Civil Veterinary Department ledger series I-VI
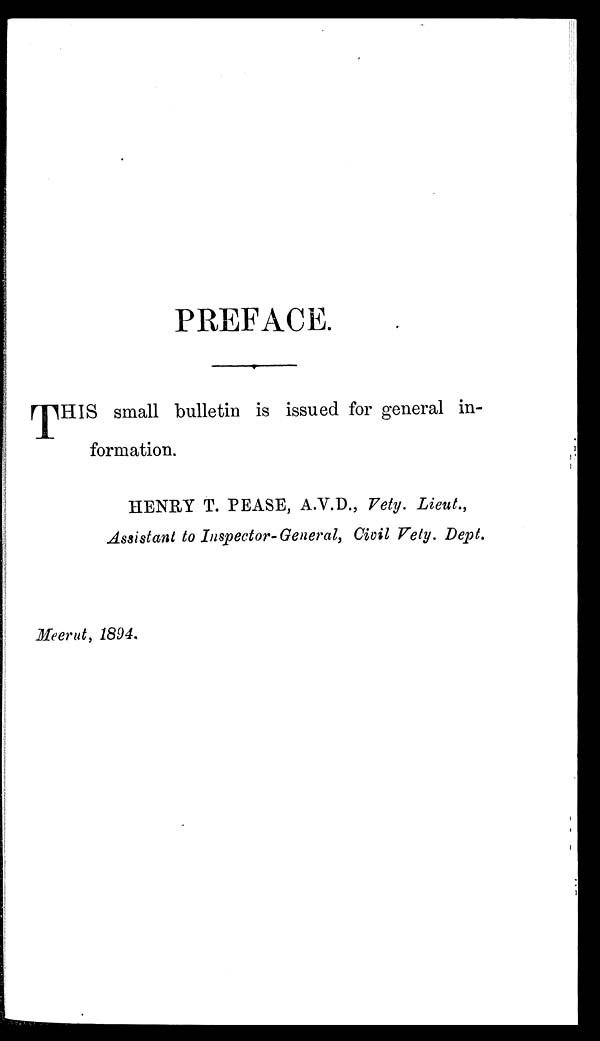
PREFACE.
THIS
small bulletin is issued for general in-
formation.
HENRY T. PEASE, A.V.D., Vety. Lieut.,
Assistant to Inspector-General, Civil Vety. Dept.
Meerut, 1894.